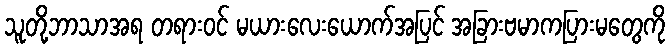
သူတို့ဘာသာအရ တရားဝင် မယားလေးယောက်အပြင် အခြားဗမာကပြားမတွေကို